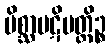
မိစ္ဆာပဋိပတ္တိဉ္စ